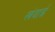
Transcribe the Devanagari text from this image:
खंदाई